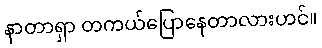
နာတာရှာ တကယ်ပြောနေတာလားဟင်။